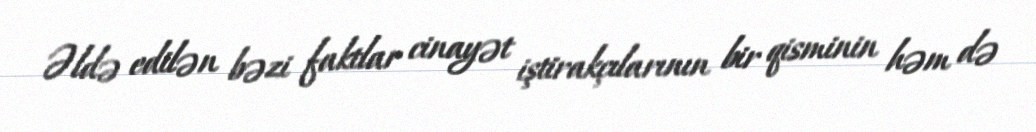
Əldə edilən bəzi faktlar cinayət iştirakçılarının bir qisminin həm də